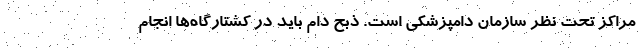
مراکز تحت نظر سازمان دامپزشکی است. ذبح دام باید در کشتارگاه‌ها انجام